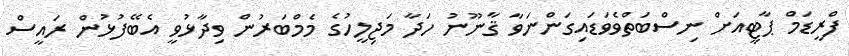
ފްރީޑަމް ޕާޓީއަށް ނިސްބަތްވެވަޑައިގަންނަވާ ޤާނޫނު ހަދާ މަޖިލީހުގެ މެމްބަރުން ވިދާޅުވީ އެބޭފުޅުން ރައީސް